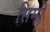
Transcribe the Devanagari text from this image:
सिम्प्ले